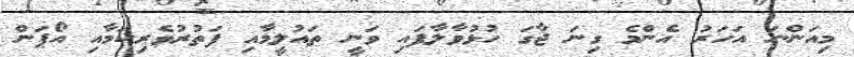
މިއަންނަ އަހަރު އެންމެ ގިނަ ޖާގަ ހުޅުވާލާފައި ވަނީ ތައުލީމާއި ފަތުރުވެރިކަމާއި އޯޕަން